Indian journal of veterinary science and animal husbandry - Volume 9,
Year: 1939
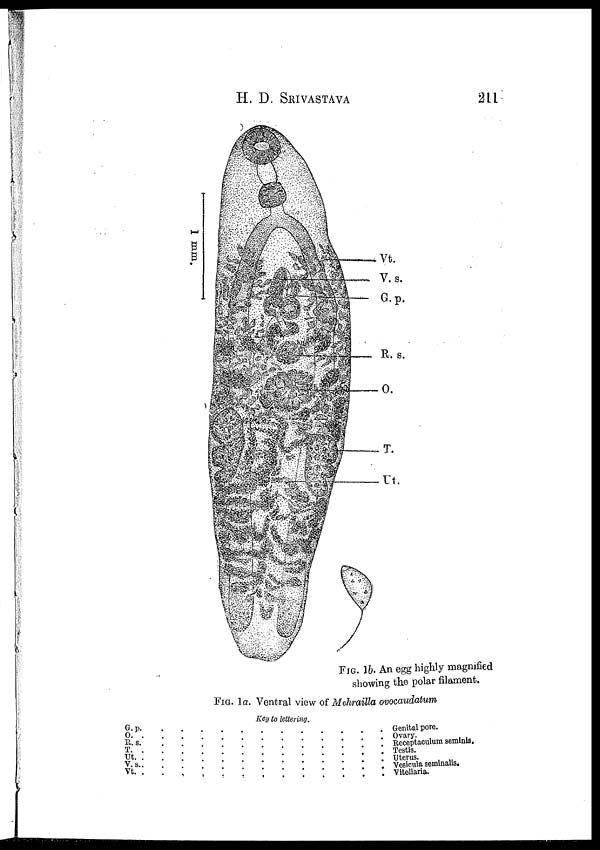
H. D. SRIVASTAVA 211
FIG. 1b. An egg highly magnified
showing the polar filament.
FIG. 1a. Ventral view of Mehrailla ovocaudatum
Key to lettering.
G.p. . . . . . . . . . . . .
O. . . . . . . . . . . . .
R.s. . . . . . . . . . . . .
T. . . . . . . . . . . . .
Ut. . . . . . . . . . . . .
V.s. . . . . . . . . . . . .
Vt. . . . . . . . . . . . .
Genital pore.
Ovary.
Receptaculum seminis.
Testis.
Uterus.
Vesicula seminalis.
Vitellaria.